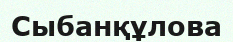
Сыбанқұлова